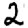
Digit: 2